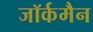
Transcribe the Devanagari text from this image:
जॉर्कमैन